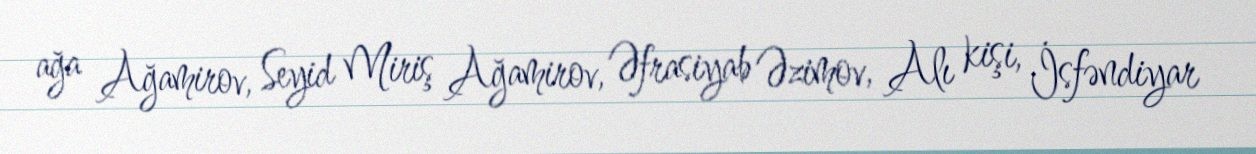
ağa Ağamirov, Seyid Miriş Ağamirov, Əfrasiyab Əzimov, Alı kişi, İsfəndiyar